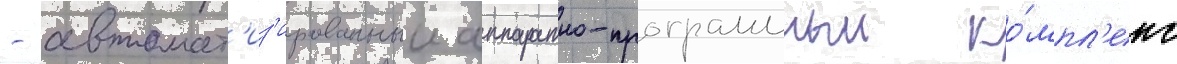
- автомат'из'ированныи аппаратно-программныи ко́мпл'екс